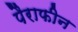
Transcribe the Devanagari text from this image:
पैराफीन